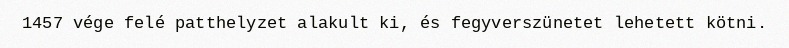
1457 vége felé patthelyzet alakult ki, és fegyverszünetet lehetett kötni.